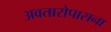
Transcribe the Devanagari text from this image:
अवतारोपासना